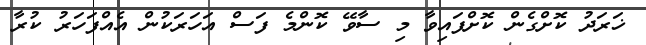
ޚަރަދު ކޮށްގެން ކޮށްފައިވާ މި ސާވޭ ކޮންމެ ފަސް އަހަރަކުން އެއްފަހަރު ކުރާ